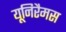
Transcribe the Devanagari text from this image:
यूनिरैमस